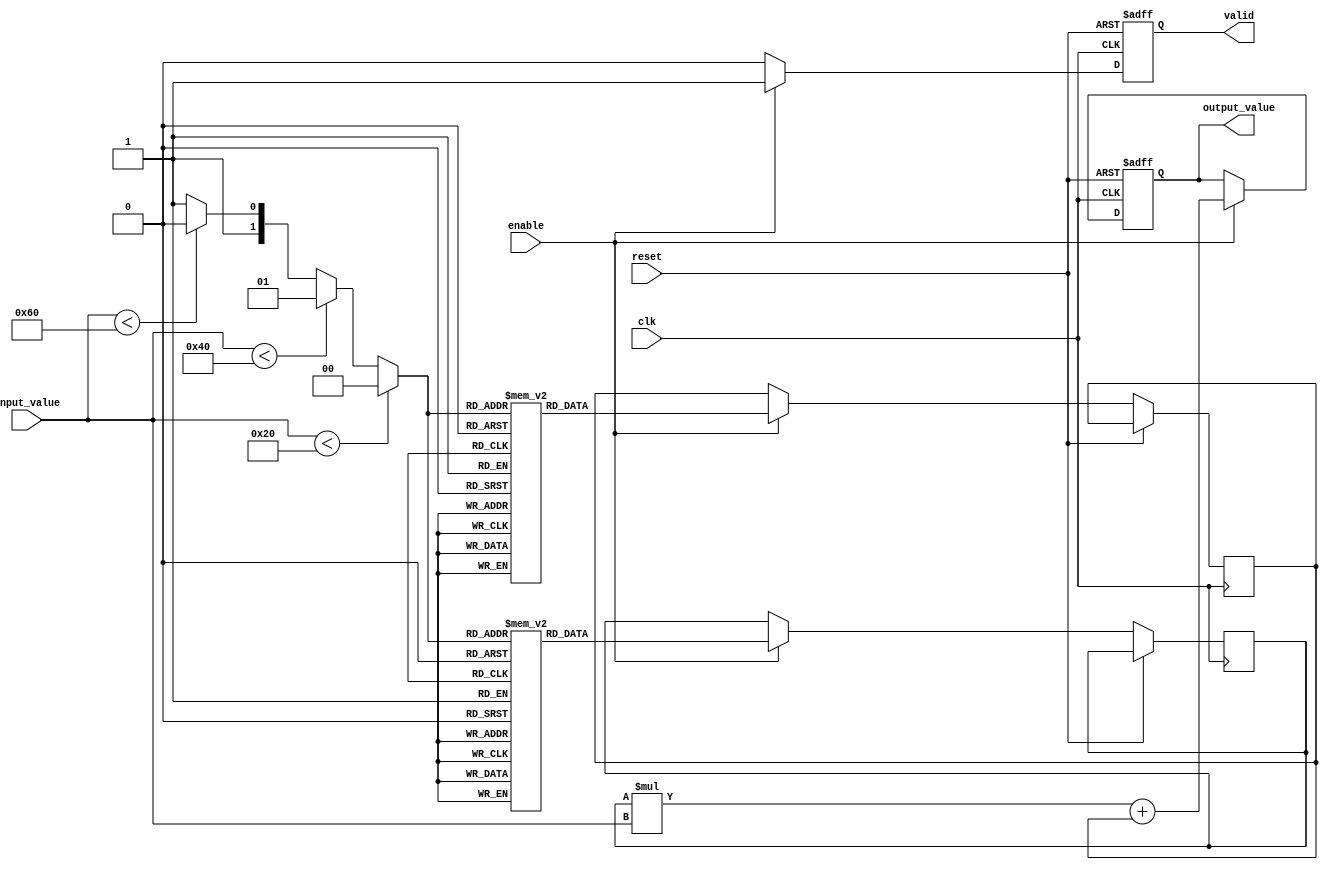
module PLA_Reciprocal (
    input wire [7:0] input_value,  // 8-bit input value (positive non-zero)
    input wire clk,                // Clock signal
    input wire reset,              // Reset signal
    input wire enable,             // Enable signal for calculation
    output reg [15:0] output_value, // 16-bit output value (approximate reciprocal)
    output reg valid               // Valid signal to indicate output is ready
);

    // Define the number of segments
    localparam NUM_SEGMENTS = 4;

    // Lookup table for slopes (m) and intercepts (b)
    reg [15:0] LUT_m [0:NUM_SEGMENTS-1]; // Slopes
    reg [15:0] LUT_b [0:NUM_SEGMENTS-1]; // Intercepts

    // Segment selection logic
    reg [1:0] segment; // 2-bit segment index
    reg [15:0] m, b;   // Slope and intercept for the selected segment

    // Initialize the lookup table (example values)
    initial begin
        // Example values for slopes and intercepts
        LUT_m[0] = 16'h0001; // m for segment 0
        LUT_b[0] = 16'h0000; // b for segment 0
        LUT_m[1] = 16'h0002; // m for segment 1
        LUT_b[1] = 16'h0000; // b for segment 1
        LUT_m[2] = 16'h0003; // m for segment 2
        LUT_b[2] = 16'h0000; // b for segment 2
        LUT_m[3] = 16'h0004; // m for segment 3
        LUT_b[3] = 16'h0000; // b for segment 3
    end

    // Segment selection logic based on input value
    always @(*) begin
        if (input_value < 8'h20) begin
            segment = 2'b00; // Segment 0
        end else if (input_value < 8'h40) begin
            segment = 2'b01; // Segment 1
        end else if (input_value < 8'h60) begin
            segment = 2'b10; // Segment 2
        end else begin
            segment = 2'b11; // Segment 3
        end
    end

    // Main computation block
    always @(posedge clk or posedge reset) begin
        if (reset) begin
            output_value <= 16'h0000;
            valid <= 1'b0;
        end else if (enable) begin
            // Get the slope and intercept for the selected segment
            m <= LUT_m[segment];
            b <= LUT_b[segment];

            // Calculate the approximate reciprocal using the linear equation
            // y = mx + b => output_value = m * input_value + b
            output_value <= (m * input_value) + b;
            valid <= 1'b1; // Indicate output is valid
        end else begin
            valid <= 1'b0; // Output not valid if not enabled
        end
    end

endmodule